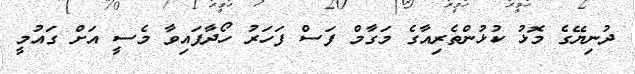
ދުނިޔޭގެ މޮޅު ކުޅުންތެރިއާގެ މަގާމް ފަސް ފަހަރު ހޯދާފައިވާ މެސީ އަށް ގައުމީ